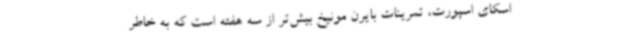
اسکای اسپورت، تمرینات بایرن مونیخ بیش‌تر از سه هفته است که به خاطر